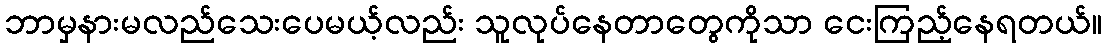
ဘာမှနားမလည်သေးပေမယ့်လည်း သူလုပ်နေတာတွေကိုသာ ငေးကြည့်နေရတယ်။